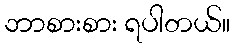
ဘာစားစား ရပါတယ်။